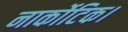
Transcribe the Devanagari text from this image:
नार्कोटिक।